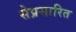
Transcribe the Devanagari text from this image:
सेप्रसारित